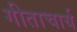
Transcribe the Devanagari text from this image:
गीताचार्य